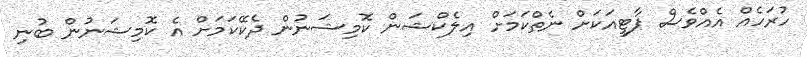
ހުރަހެއް އެއްވެސް ޕާޓީއަކަށް ނެތްކަމަށް އިލެކްޝަން ކޮމިޝަނުން ދެކޭކަމަށް އެ ކޮމިޝަނުން ބުނި